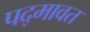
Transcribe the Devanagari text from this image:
पद्‍मावत